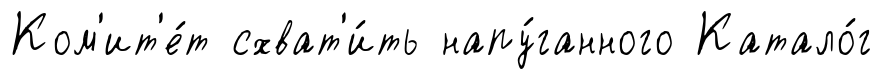
Ком'ит'е́т схват'и́ть напу́ганного Катало́г